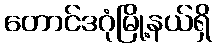
တောင်ဒဂုံမြို့နယ်ရှိ